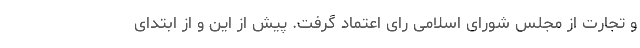
و تجارت از مجلس شورای اسلامی رای اعتماد گرفت. پیش از این و از ابتدای